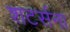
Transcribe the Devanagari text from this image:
शटर्सना